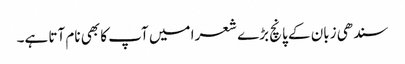
سندھی زبان کے پانچ بڑے شعرا میں آپ کا بھی نام آتا ہے۔